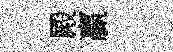
殿贏